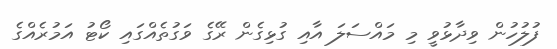
ފުލުހުން ވިދާޅުވީ މި މައްސަލަ އާއި ގުޅިގެން ރޭގެ ވަގުތެއްގައި ކޯޓު އަމުރެއްގެ